Indian journal of veterinary science and animal husbandry - Volume 3,
Year: 1933
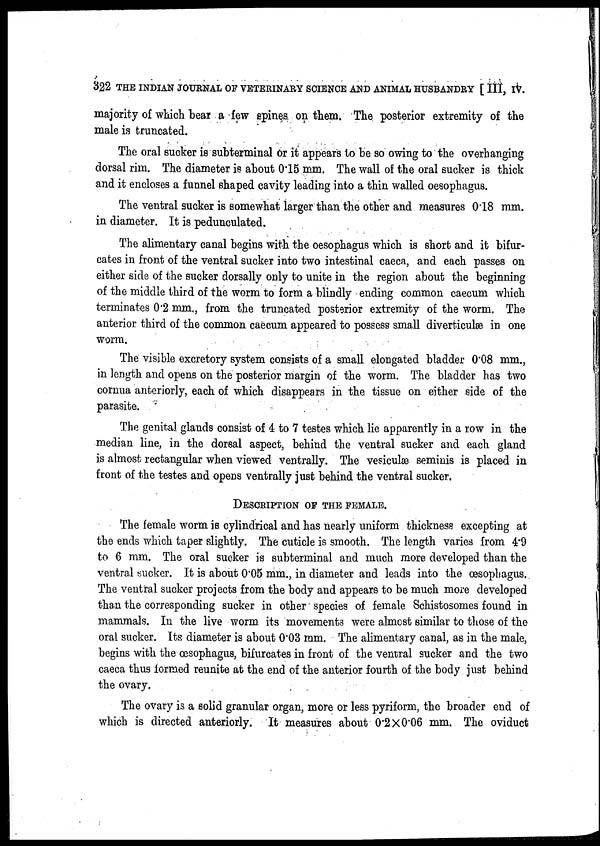
322 THE INDIAN JOURNAL OF VETERINARY SCIENCE AND ANIMAL HUSBANDRY [III, IV.
majority of which bear a few spines on them. The posterior extremity of the
male is truncated.
The oral sucker is subterminal or it appears to be so owing to the overhanging
dorsal rim. The diameter is about 0.15 mm. The wall of the oral sucker is thick
and it encloses a funnel shaped cavity leading into a thin walled oesophagus.
The ventral sucker is somewhat larger than the other and measures 0.18 mm.
in diameter. It is pedunculated.
The alimentary canal begins with the oesophagus which is short and it bifur-
cates in front of the ventral sucker into two intestinal caeca, and each passes on
either side of the sucker dorsally only to unite in the region about the beginning
of the middle third of the worm to form a blindly ending common caecum which
terminates 0.2 mm., from the truncated posterior extremity of the worm. The
anterior third of the common caecum appeared to possess small diverticulæ in one
worm.
The visible excretory system consists of a small elongated bladder 0.08 mm.,
in length and opens on the posterior margin of the worm. The bladder has two
cornua anteriorly, each of which disappears in the tissue on either side of the
parasite.
The genital glands consist of 4 to 7 testes which lie apparently in a row in the
median line, in the dorsal aspect, behind the ventral sucker and each gland
is almost rectangular when viewed ventrally. The vesiculæ seminis is placed in
front of the testes and opens ventrally just behind the ventral sucker.
DESCRIPTION OF THE FEMALE.
The female worm is cylindrical and has nearly uniform thickness excepting at
the ends which taper slightly. The cuticle is smooth. The length varies from 4.9
to 6 mm. The oral sucker is subterminal and much more developed than the
ventral sucker. It is about 0.05 mm., in diameter and leads into the œsophagus.
The ventral sucker projects from the body and appears to be much more developed
than the corresponding sucker in other species of female Schistosomes found in
mammals. In the live worm its movements were almost similar to those of the
oral sucker. Its diameter is about 0.03 mm. The alimentary canal, as in the male,
begins with the œsophagus, bifurcates in front of the ventral sucker and the two
caeca thus formed reunite at the end of the anterior fourth of the body just behind
the ovary.
The ovary is a solid granular organ, more or less pyriform, the broader end of
which is directed anteriorly. It measures about 0.2 × 0.06 mm. The oviduct